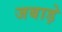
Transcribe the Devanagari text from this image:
जबाड़े